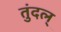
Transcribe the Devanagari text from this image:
तुंदल्